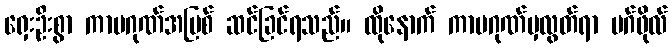
ရှေးဦးစွာ ကာမဂုဏ်အပြစ် ဆင်ခြင်ရသည်။ ထိုနောက် ကာမဂုဏ်မှလွတ်ရာ မဂ်ဖိုလ်